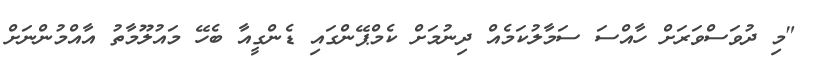
"މި ދުވަސްވަރަށް ހާއްސަ ސަމާލުކަމެއް ދިނުމަށް ކެމްޕޭންގައި ޑެންގީއާ ބެހޭ މައުލޫމާތު އާއްމުންނަށް